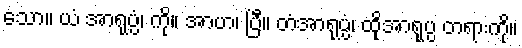
သော။ ယံ အာရုပ္ပံ၊ ကို။ အာဟ၊ ပြီ။ တံအာရုပ္ပံ၊ ထိုအာရုပ္ပ တရားကို။